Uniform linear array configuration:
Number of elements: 12
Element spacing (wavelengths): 0.25
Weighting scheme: cosine
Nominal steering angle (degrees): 15
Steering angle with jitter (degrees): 16.02
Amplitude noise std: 0.05
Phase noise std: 0.05

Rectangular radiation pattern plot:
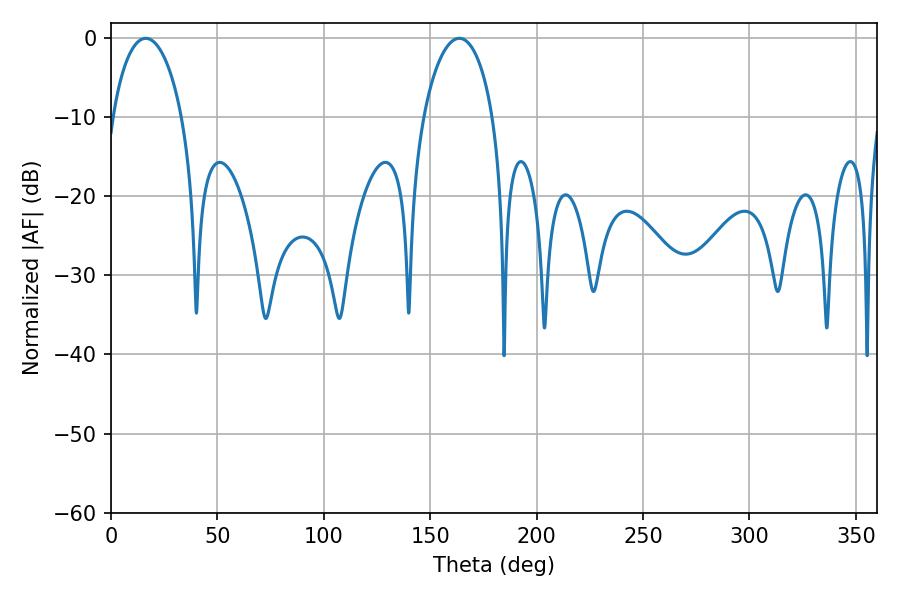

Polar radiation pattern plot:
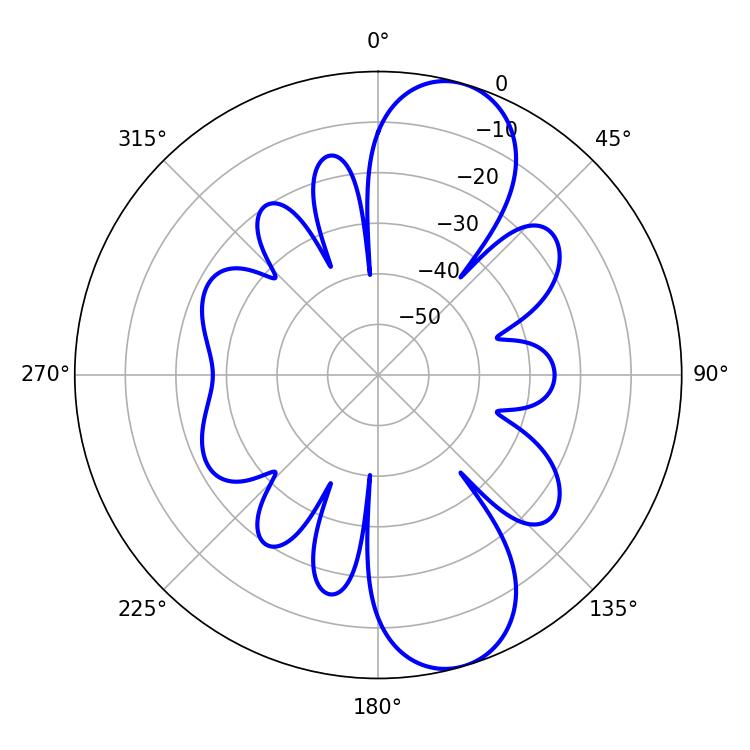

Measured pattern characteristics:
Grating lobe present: FALSE
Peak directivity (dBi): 10.092
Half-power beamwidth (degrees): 18.72
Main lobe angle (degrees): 16.38